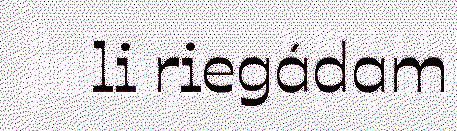
li riegádam